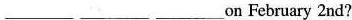
___ ___ ___on February 2nd?